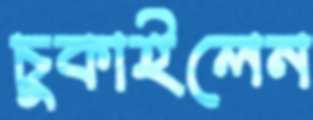
চুকাইলেন